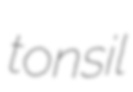
tonsil